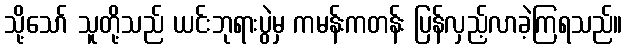
သို့သော် သူတို့သည် ယင်းဘုရားပွဲမှ ကမန်းကတန်း ပြန်လှည့်လာခဲ့ကြရသည်။